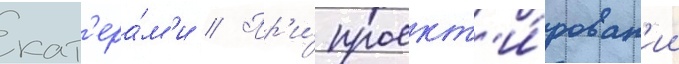
кат'ера́м'и // Пр'и́ проект'и́рован'ии